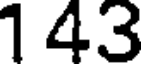
1 43